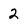
Character: 2